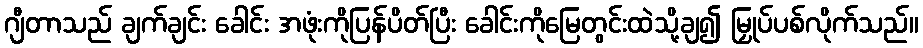
ဂျီတာသည် ချက်ချင်း ခေါင်း အဖုံးကိုပြန်ပိတ်ပြီး ခေါင်းကိုမြေတွင်းထဲသို့ချ၍ မြှုပ်ပစ်လိုက်သည်။